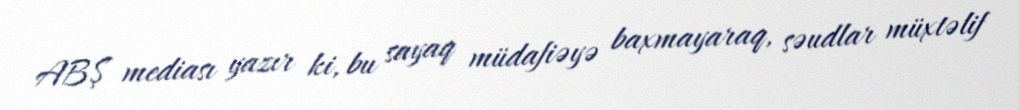
ABŞ mediası yazır ki, bu sayaq müdafiəyə baxmayaraq, səudlar müxtəlif